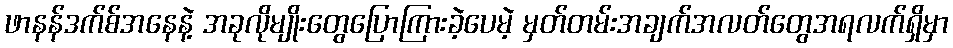
ဖာနန်ဒက်စ်အနေနဲ့ အခုလိုမျိုးတွေပြောကြားခဲ့ပေမဲ့ မှတ်တမ်းအချက်အလတ်တွေအရလက်ရှိမှာ